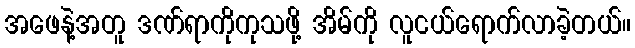
အဖေနဲ့အတူ ဒဏ်ရာကိုကုသဖို့ အိမ်ကို လူငယ်ရောက်လာခဲ့တယ်။